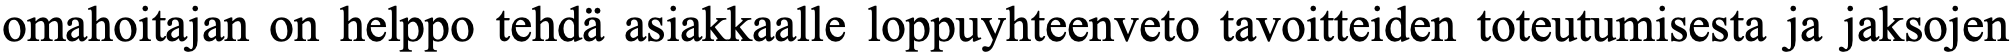
omahoitajan on helppo tehdä asiakkaalle loppuyhteenveto tavoitteiden toteutumisesta ja jaksojen